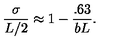
\frac { \sigma } { L / 2 } \approx 1 - \frac { . 6 3 } { b L } .